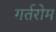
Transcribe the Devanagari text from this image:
गर्तरोम